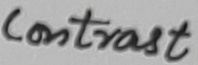
Text: Contrast